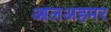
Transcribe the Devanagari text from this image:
आलअहमर